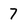
Character: 7